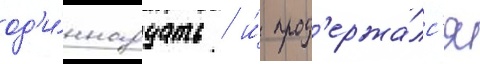
од'и́ннадцать / и́ прод'ержа́лс'я